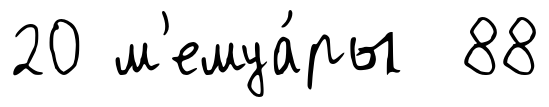
20 м'емуа́ры 88